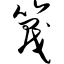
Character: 篾